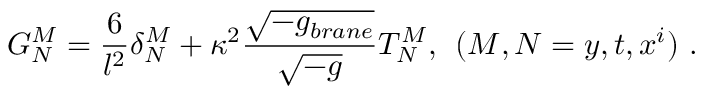
G _ { N } ^ { M } = \frac { 6 } { l ^ { 2 } } \delta _ { N } ^ { M } + \kappa ^ { 2 } \frac { \sqrt { - g _ { b r a n e } } } { \sqrt { - g } } T _ { N } ^ { M } , \: \: ( M , N = y , t , x ^ { i } ) \ .